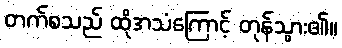
တက်စသည် ထိုအသံကြောင့် တုန်သွား၏။